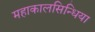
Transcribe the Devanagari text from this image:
महाकालसिन्धिया